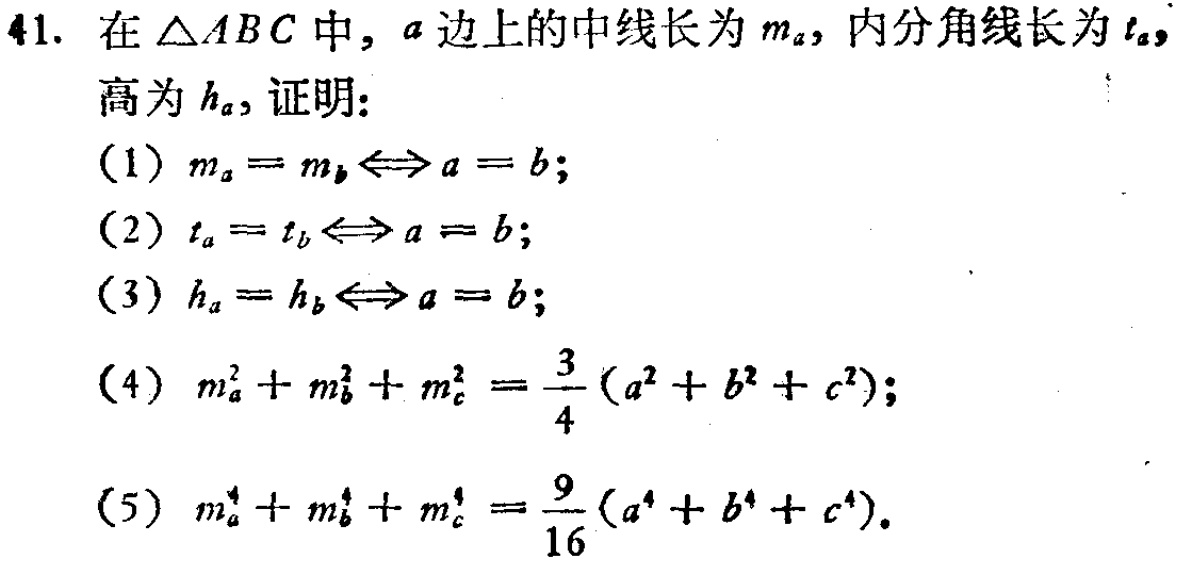
在\(\triangle ABC\)中，\(a\)边上的中线长为\(m_a\)，内分角线长为\(t_a\)，高为\(h_a\)，证明：

(1) \(m_a = m_b\Leftrightarrow a = b\)；

(2) \(t_a = t_b\Leftrightarrow a = b\)；

(3) \(h_a = h_b\Leftrightarrow a = b\)；

(4) \(m_a^2 + m_b^2 + m_c^2=\frac{3}{4}(a^2 + b^2 + c^2)\)；

(5) \(m_a^4 + m_b^4 + m_c^4=\frac{9}{16}(a^4 + b^4 + c^4)\)。